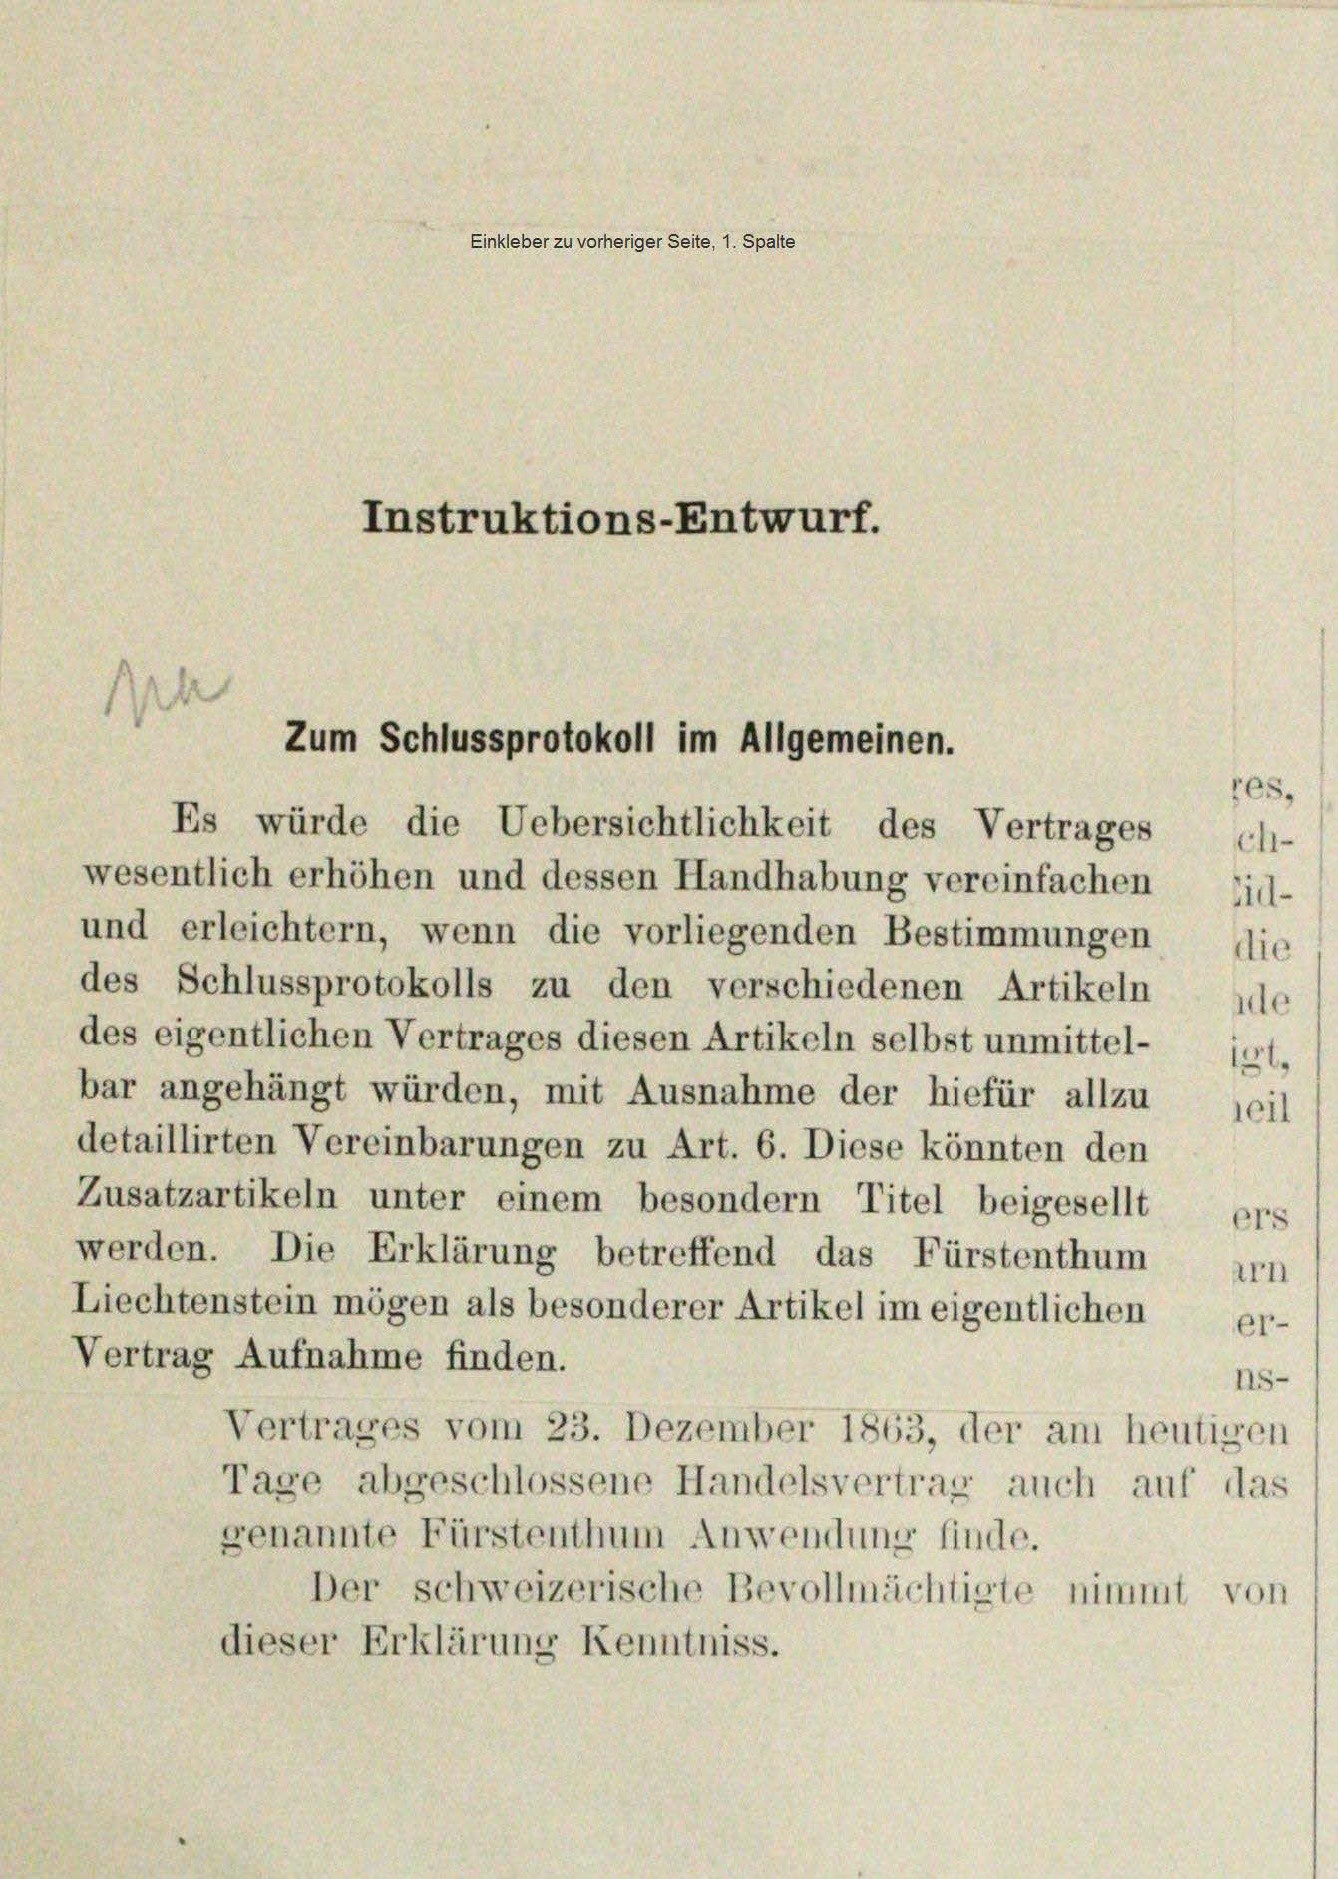
t

Einkleber zu vorheriger Seite, 1. Spalte

Ih
Es würde die Uebersichtlichkeit des Vertrages
wesentlich erhöhen und dessen Handhabung vereinfachen Eid-
und erleichtern, wenn die vorliegenden Bestimmungen
des Schlussprotokolls zu den verschiedenen Artikeln gle
des eigentlichen Vertrages diesen Artikeln selbst unmittel- igt,
bar angehängt würden, mit Ausnahme der hiefür allzu seil
detaillirten Vereinbarungen zu Art. 6. Diese könnten den
Zusatzartikeln unter einem besondern Titel beigesellt, ers
werden. Die Erklärung betreffend das Fürstenthum
Liechtenstein mögen als besonderer Artikel im eigentlichen
Vertrag Aufnahme finden.
Vertrages vom 23. Dezember 1863, der am heutigen
Tage abgeschlossene Handelsvertrag auch auf das
genannte Fürstenthum Anwendung finde.
Der schweizerische Bevollmächtigte nimmt von
dieser Erklärung Kenntniss.

Instruktions-Entwurf.

Zum Schlussprotokoll im Allgemeinen.

irn
er-
Is-

res.
ch-
die